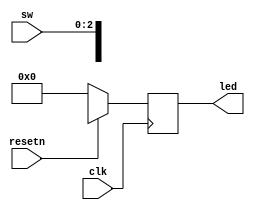
/*----------------------------------------------------------------------------
--     Name    : LED Controller
--     Made by : Maduinos
--     Date    : 2023/08/17
--     Blog    : https://maduinos.blogspot.com/
--     Ver.    : 0.01
--     WORK    : First Draft
----------------------------------------------------------------------------*/
`timescale 1ns/1ps

module led_sw_ctrl # (
    parameter LED_NUM = 4,
    parameter SW_NUM = 3
)
(
    input                       clk,
    input                       resetn,
    input       [SW_NUM-1:0]    sw,
    output reg  [LED_NUM-1:0]   led
);

always @(posedge clk) begin
    if(!resetn)     led <= {LED_NUM{1'b0}};
    else            led <= sw[LED_NUM-1:0];
end


endmodule